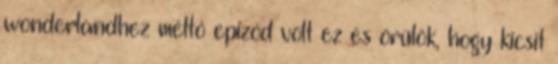
wonderlandhez méltó epizód volt ez és örülök, hogy kicsit